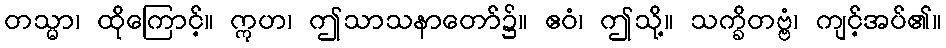
တသ္မာ၊ ထိုကြောင့်။ ဣဟ၊ ဤသာသနာတော်၌။ ဧဝံ၊ ဤသို့။ သက္ခိတဗ္ဗံ၊ ကျင့်အပ်၏။